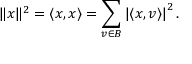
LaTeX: \| x \| ^ { 2 } = \langle x , x \rangle = \sum _ { v \in B } \left| \langle x , v \rangle \right| ^ { 2 } .